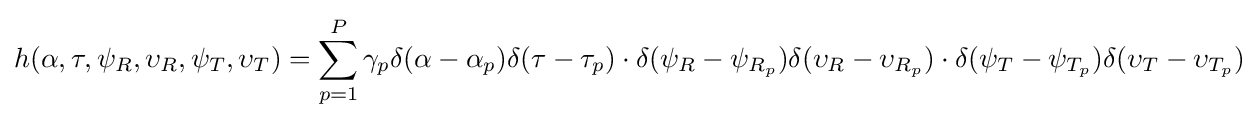
h(\alpha ,\tau ,\psi _{R},\upsilon _{R},\psi _{T},\upsilon _{T})=\sum _{p=1}^{P}\gamma _{p}\delta (\alpha -\alpha _{p})\delta (\tau -\tau _{p})\cdot \delta (\psi _{R}-\psi _{R_{p}})\delta (\upsilon _{R}-\upsilon _{R_{p}})\cdot \delta (\psi _{T}-\psi _{T_{p}})\delta (\upsilon _{T}-\upsilon _{T_{p}})